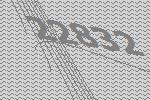
22832